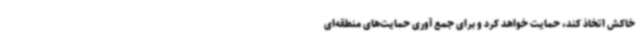
خاکش اتخاذ کند، حمایت خواهد کرد و برای جمع آوری حمایت‌های منطقه‌ای